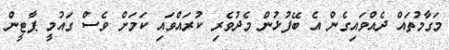
މަގާމުތައް ދެއްވައިގެން އެ ބޭފުޅުން މެދުވެރި ކުރައްވައި ކަމަށް ވެސް ގައުމީ ޕާޓީން